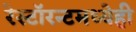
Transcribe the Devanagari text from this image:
रेस्टॉरन्टमध्येही